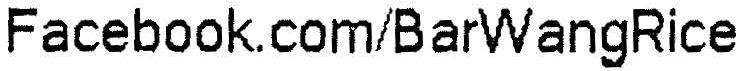
FACEBOOK.COM/BARWANGRICE